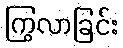
ကြွလာခြင်း